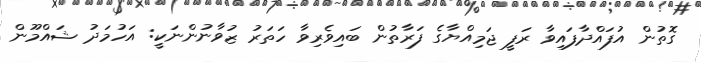
ގޮތުން އުފައްދާފައިވާ ރަފީ ޖަމިއްޔާގެ ފަރާތުން ބައިވެރިވާ ހަތަރު ޒުވާނުންނަކީ: އަހުމަދު ޝައްމޫން